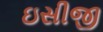
ઇસીજી